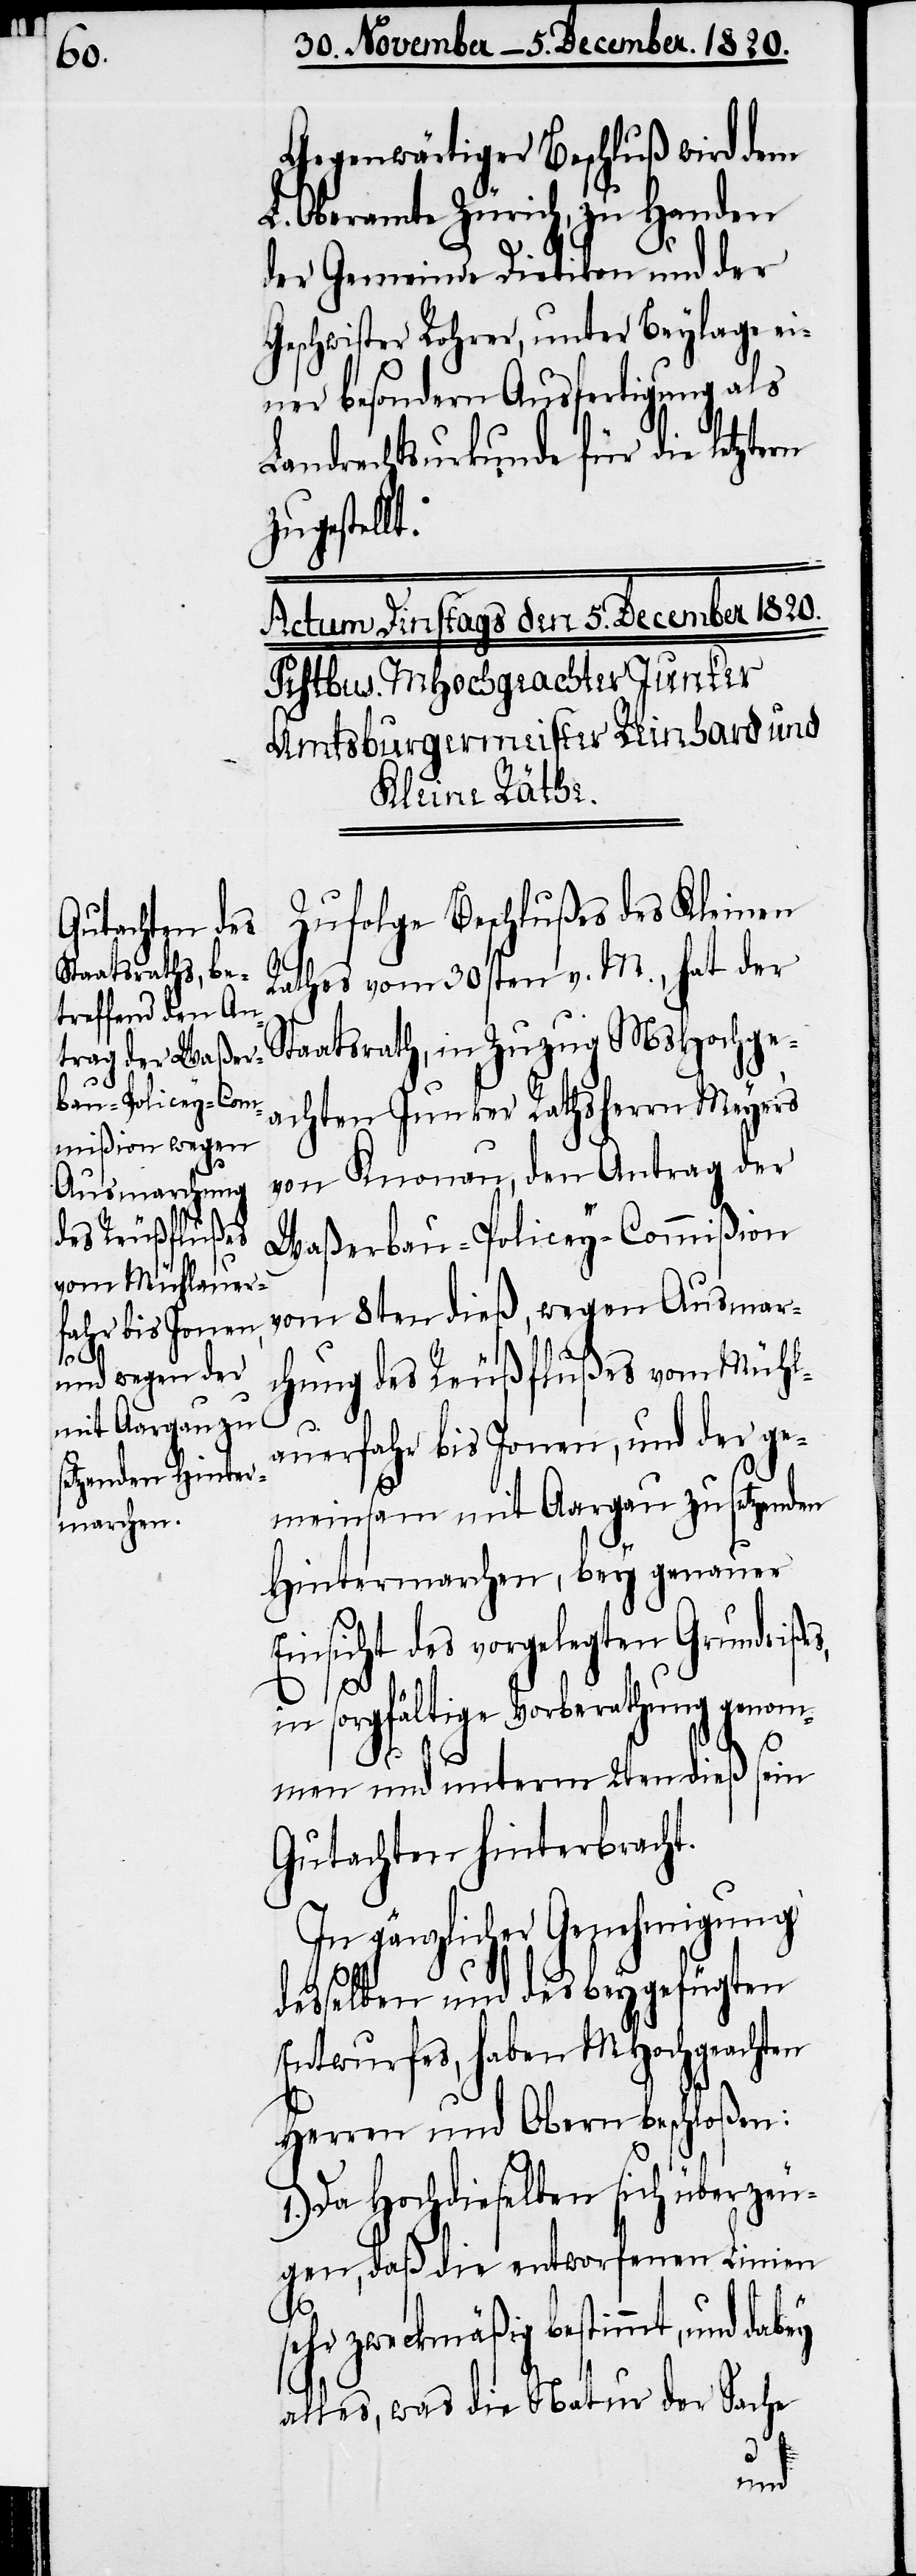
Gegenwärtiger Beschluß wird dem
L. Oberamte Zürich, zu Handen
der Gemeinde Dietikon und der
Geschwister Rohrer, unter Beylage ei¬
ner besondern Ausfertigung als
Landrechtsurkunde für die Letztern
zugestellt.
Zufolge Beschlußes des Kleinen
Rathes vom 30sten v. M., hat der
Staatsrath, in Zuzug MsHochge¬
achten Junker Rathsherrn Meyers
von Knonau, den Antrag der
Waßerbau-Policey-Commißion
vom 8ten dieß, wegen Ausmar¬
chung des Reußflußes vom Mühl¬
auerfahr bis Jonen, und der ge¬
meinsam mit Aargau zu setzenden
Hintermarchen, bey genauer
insicht des vorgelegten Grundriße¬
in sorgfältige Vorberathung genom¬
s,
men und unterm 2ten dieß sein
Gutachten hinterbracht.
In gänzlicher Genehmigung
desselben und des beygefügten
Entwurfes, haben MHochgeachten
Herren und Obern beschloßen:
1.) Da Hochdieselben sich überzeu¬
gen, daß die entworfenen Linien
sehr zweckmäßig bestimmt, und
alles, was die Natur der Sache